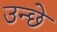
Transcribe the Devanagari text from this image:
उन्छे